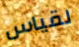
لقياس